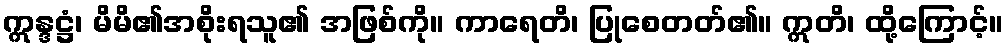
ဣန္ဒဋ္ဌံ၊ မိမိ၏အစိုးရသူ၏ အဖြစ်ကို။ ကာရေတိ၊ ပြုစေတတ်၏။ ဣတိ၊ ထို့ကြောင့်။